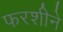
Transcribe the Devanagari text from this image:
फरशीने